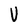
Character: V